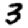
Digit: 3